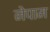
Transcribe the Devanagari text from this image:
नेपाम